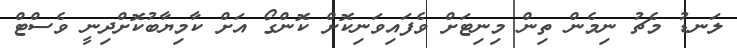
ލަނޑު މެޗު ނިމެން ތިން މިނިޓަށް ވެފައިވަނިކޮށް ކޮންގޯ އަށް ކާމިޔާބުކޮށްދިނީ ވެސްޓް